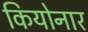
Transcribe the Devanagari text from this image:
कियोनार